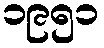
၁၉၅၁